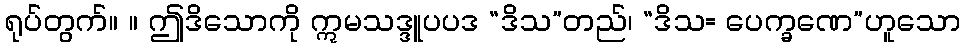
ရုပ်တွက်။ ။ ဤဒိသောကို ဣမသဒ္ဒူပပဒ “ဒိသ”တည်၊ “ဒိသ= ပေက္ခဏေ”ဟူသော